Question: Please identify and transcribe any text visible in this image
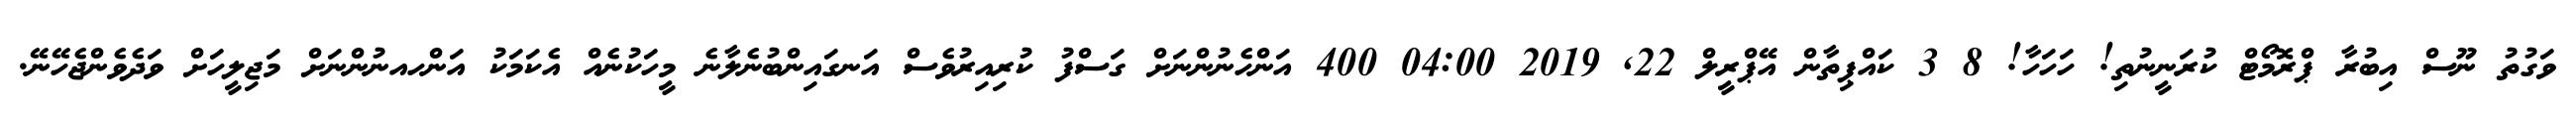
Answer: ވަގުތު ނޫސް އިބުރާ ޕްރޮމޯޓް ކުރަނީނުތި! ހަހަހާ! 8 3 ކައްޕިތާން އޭޕްރީލް 22, 2019 04:00 400 އަންހެނުންނަށް ގަސްފު ކުރިއިރުވެސް އަނގައިންބުނެލާނެ މީހަކުނެއް އެކަމަކު އަންހއނުންނަށް މަޖިލީހަށް ވަދެވެންޖެހޭނޭ.